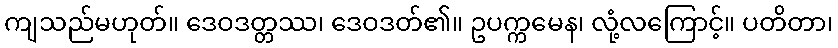
ကျသည်မဟုတ်။ ဒေဝဒတ္တဿ၊ ဒေဝဒတ်၏။ ဥပက္ကမေန၊ လုံ့လကြောင့်။ ပတိတာ၊